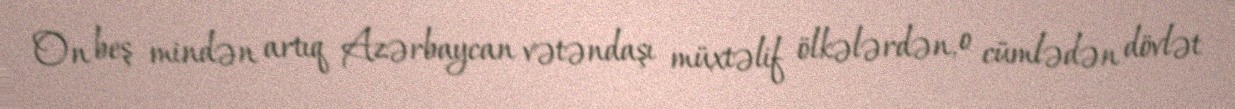
On beş mindən artıq Azərbaycan vətəndaşı müxtəlif ölkələrdən, o cümlədən dövlət